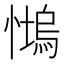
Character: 𱟒